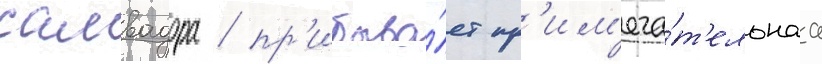
салвадора / пр'ибыва́ет пр'им'еча́т'ельнаа